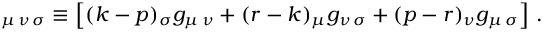
{ \L } _ { \mu \, \nu \, \sigma } \equiv \left[ ( k - p ) _ { \sigma } g _ { \mu \, \nu } + ( r - k ) _ { \mu } g _ { \nu \, \sigma } + ( p - r ) _ { \nu } g _ { \mu \, \sigma } \right] \, .